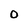
Character: 0